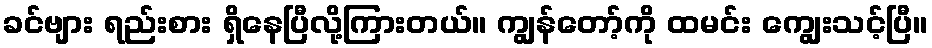
ခင်ဗျား ရည်းစား ရှိနေပြီလို့ကြားတယ်။ ကျွန်တော့်ကို ထမင်း ကျွေးသင့်ပြီ။